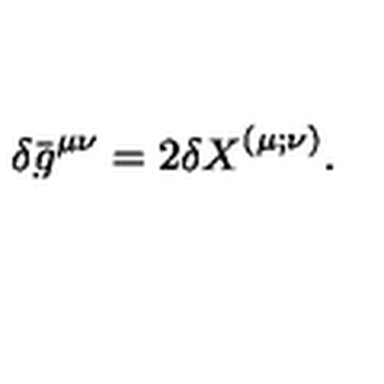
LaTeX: { } \delta \bar { g } ^ { \mu \nu } = 2 { \delta X } ^ { ( \mu ; \nu ) } .